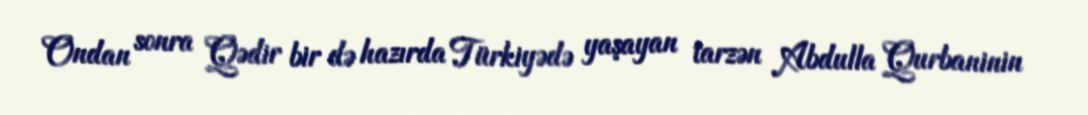
Ondan sonra Qədir bir də hazırda Türkiyədə yaşayan tarzən Abdulla Qurbaninin